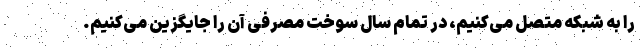
را به شبکه متصل می‌کنیم، در تمام سال سوخت مصرفی آن را جایگزین می‌کنیم.